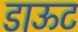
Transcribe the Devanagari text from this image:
डाऊट